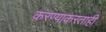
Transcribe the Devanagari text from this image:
करण्याकरताही